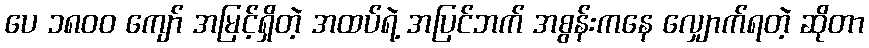
ပေ ၁၈၀၀ ကျော် အမြင့်ရှိတဲ့ အထပ်ရဲ့ အပြင်ဘက် အစွန်းကနေ လျှောက်ရတဲ့ ဆိုတာ